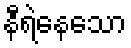
နီရဲနေသော